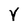
Character: Y